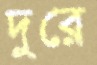
দুরে